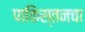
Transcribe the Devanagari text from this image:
पाकिस्तनचा